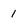
Character: 1